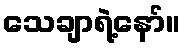
သေချာရဲ့နော်။